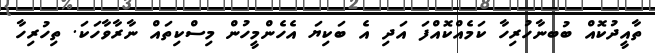
ތާއީދުކޮއް ބުބނާހުރިހާ ކަމެއްކޮއްފަ އަދި އެ ބަކިޔަ އެހެންމީހުން މިސްކިތައް ނާރާވާހަކަ. ތިހުރިހާ